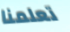
تعلمنا